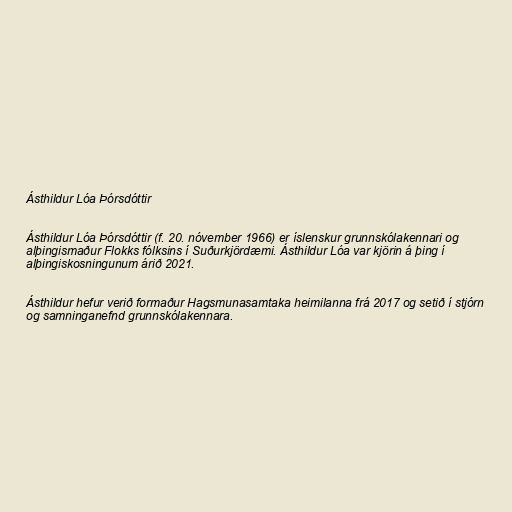
Ásthildur Lóa Þórsdóttir

Ásthildur Lóa Þórsdóttir (f. 20. nóvember 1966) er íslenskur grunnskólakennari og
alþingismaður Flokks fólksins í Suðurkjördæmi. Ásthildur Lóa var kjörin á þing í
alþingiskosningunum árið 2021.

Ásthildur hefur verið formaður Hagsmunasamtaka heimilanna frá 2017 og setið í stjórn
og samninganefnd grunnskólakennara.